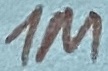
Text: 1M